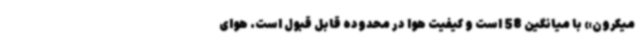
میکرون» با میانگین 58 است‌ و کیفیت هوا در محدوده قابل قبول است. هوای